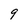
Character: 9